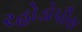
રહોડોપીસ